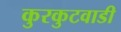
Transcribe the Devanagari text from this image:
कुरकुटवाडी